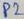
Text: P2